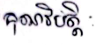
 គុណវិបត្តិ